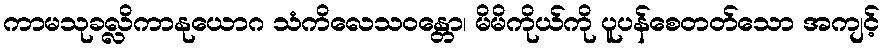
ကာမသုခလ္လိကာနုယောဂ သံကိလေသဝန္တော၊ မိမိကိုယ်ကို ပူပန်စေတတ်သော အကျင့်